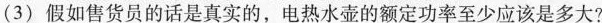
(3)假如售货员的话是真实的，电热水壶的额定功率至少应该是多大?